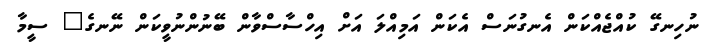
ނުހިނގޭ ކުއްޖެއްކަން އެނގުނަސް އެކަން އަމިއްލަ އަށް އިހްސާސްވާން ބޭނުންނުވީކަން ނޭނގެ" ސީމާ